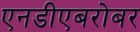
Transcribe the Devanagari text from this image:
एनडीएबरोबर